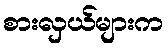
စားလှယ်များက